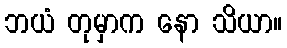
ဘယံ တုမှာက နော သိယာ။